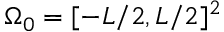
\Omega _ { 0 } = [ - L / 2 , L / 2 ] ^ { 2 }